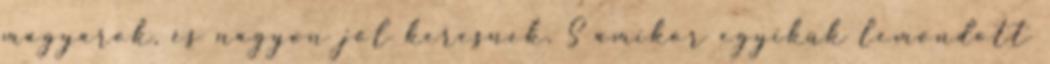
magyarok, és nagyon jól keresnek. S amikor egyikük lemondott